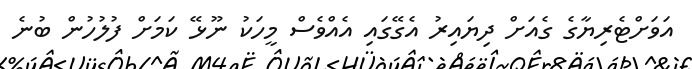
އަވަށްޓެރިޔާގެ ގެއަށް ދިޔައިރު އެގޭގައި އެއްވެސް މީހަކު ނޫޅޭ ކަމަށް ފުލުހުން ބުނެ